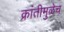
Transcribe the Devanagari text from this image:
क्रांतीमुळेच